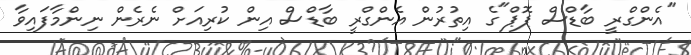
"އެންގްރީ ބާޑްސް ޕޮޕް"ގެ އިތުރުން އެންގްރީ ބާޑްސް އިން ކުރިއަށް ނެރެން ނިންމާފައިވާ